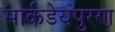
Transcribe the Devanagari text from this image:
मार्कडेयपुरण